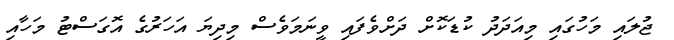
ޖުލައި މަހުގައި މިއަދަދު ކުޑަކޮށް ދަށްވެފައި ވީނަމަވެސް މިދިޔަ އަހަރުގެ އޮގަސްޓު މަހާއި